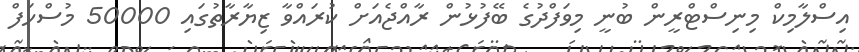
އިސްލާމިކް މިނިސްޓްރީން ބުނީ މިވަފްދުގެ ބޭފުޅުން ރާއްޖެއަށް ކުރައްވާ ޒިޔާރާތުގައި 50000 މުސްހަފް